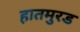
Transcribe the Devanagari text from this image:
हातमुरड